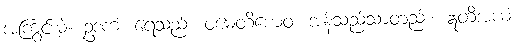
အကြွင်းမဲ့။ ဥဒကံ၊ ရေသည်။ ဝမေတိယေဝ၊ အန်သည်သာတည်း။ ဣတိအယံ၊